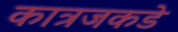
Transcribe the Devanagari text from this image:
कात्रजकडे